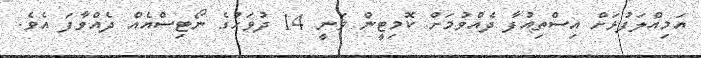
އަމިއްލަފުޅަށް އިސްތިއުފާ ދެއްވުމަށް ކޮމިޓީން ވަނީ 14 ދުވަހުގެ ނޯޓިސްއެއް ދެއްވާފަ އެވެ.